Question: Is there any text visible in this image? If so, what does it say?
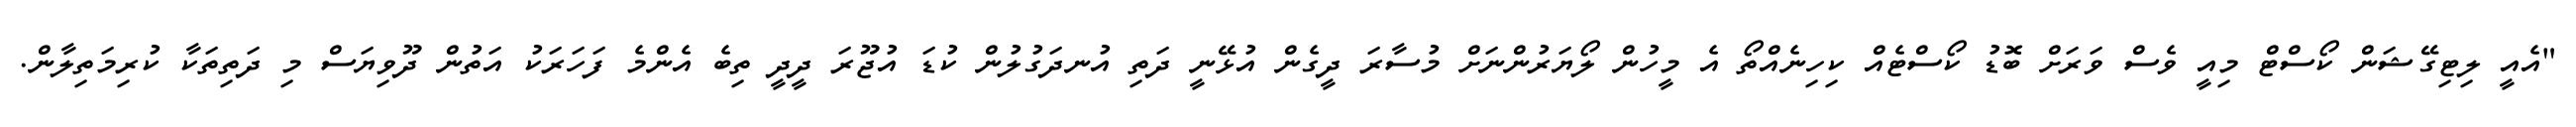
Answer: "އެއީ ލިޓިގޭޝަން ކޯސްޓް މިއީ ވެސް ވަރަށް ބޮޑު ކޯސްޓެއް ކިހިނެއްތޯ އެ މީހުން ލޯޔަރުންނަށް މުސާރަ ދީގެން އުޅޭނީ ދަތި އުނދަގުލުން ކުޑަ އުޖޫރަ ދީދީ ތިބެ އެންމެ ފަހަރަކު އަތުން ދޫވިޔަސް މި ދަތިތަކާ ކުރިމަތިލާން.